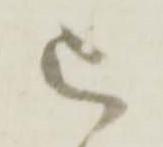
被